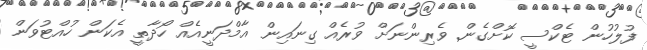
ފުލުހުން ޓެކްސީ ކޮށްގެން